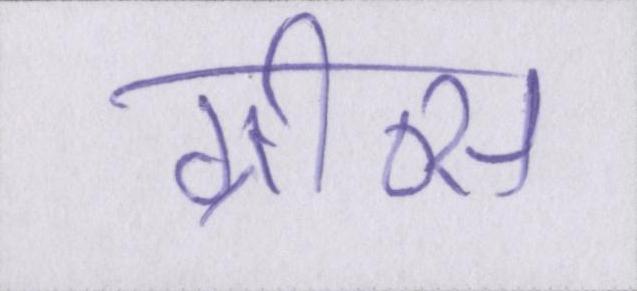
ग्रीव्स